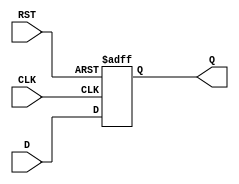
module FlipFlopRegister (
    input wire [7:0] D,      // Data input
    input wire CLK,          // Clock input
    input wire RST,          // Reset input
    output reg [7:0] Q       // Data output
);

// Sequential logic for the flip-flop register
always @(posedge CLK or posedge RST) begin
    if (RST) begin
        Q <= 8'b0;           // Asynchronous reset to zero
    end else begin
        Q <= D;              // Capture data on the rising edge of the clock
    end
end

endmodule